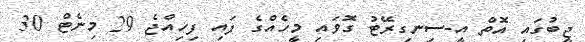
ޖީބުގައި އޮތް އީ-ސިނގިރޭޓު ގޮވައި މީހެއްގެ ފައި ފިހިއްޖެ 29 މިނެޓް 30